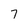
Character: 7